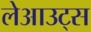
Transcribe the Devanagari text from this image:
लेआउट्स